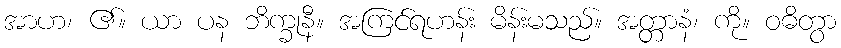
အာဟ၊ ၏။ ယာ ပန ဘိက္ခုနီ။ အကြင်ရဟန်း မိန်းမသည်။ အတ္တာနံ၊ ကို။ ဝဓိတွာ